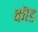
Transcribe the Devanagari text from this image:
कॊड